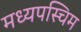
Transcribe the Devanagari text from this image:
मध्यपस्चिम